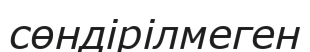
сөндірілмеген